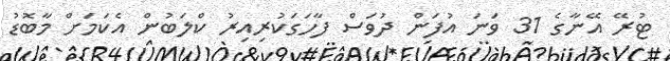
ޓުރޭ އޭނާގެ 31 ވަނަ އުފަން ދުވަސް ފާހަގަކުރިއިރު ކްލަބުން އެކަމަށް މާބޮޑު